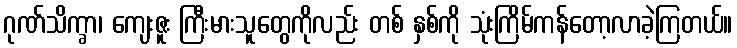
ဂုဏ်သိက္ခာ၊ ကျေးဇူး ကြီးမားသူတွေကိုလည်း တစ် နှစ်ကို သုံးကြိမ်ကန်တော့လာခဲ့ကြတယ်။